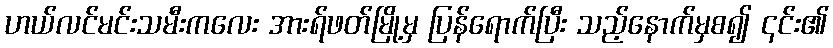
ဟယ်လင်မင်းသမီးကလေး အားရ်ဖတ်မြို့မှ ပြန်ရောက်ပြီး သည့်နောက်မှစ၍ ၎င်း၏